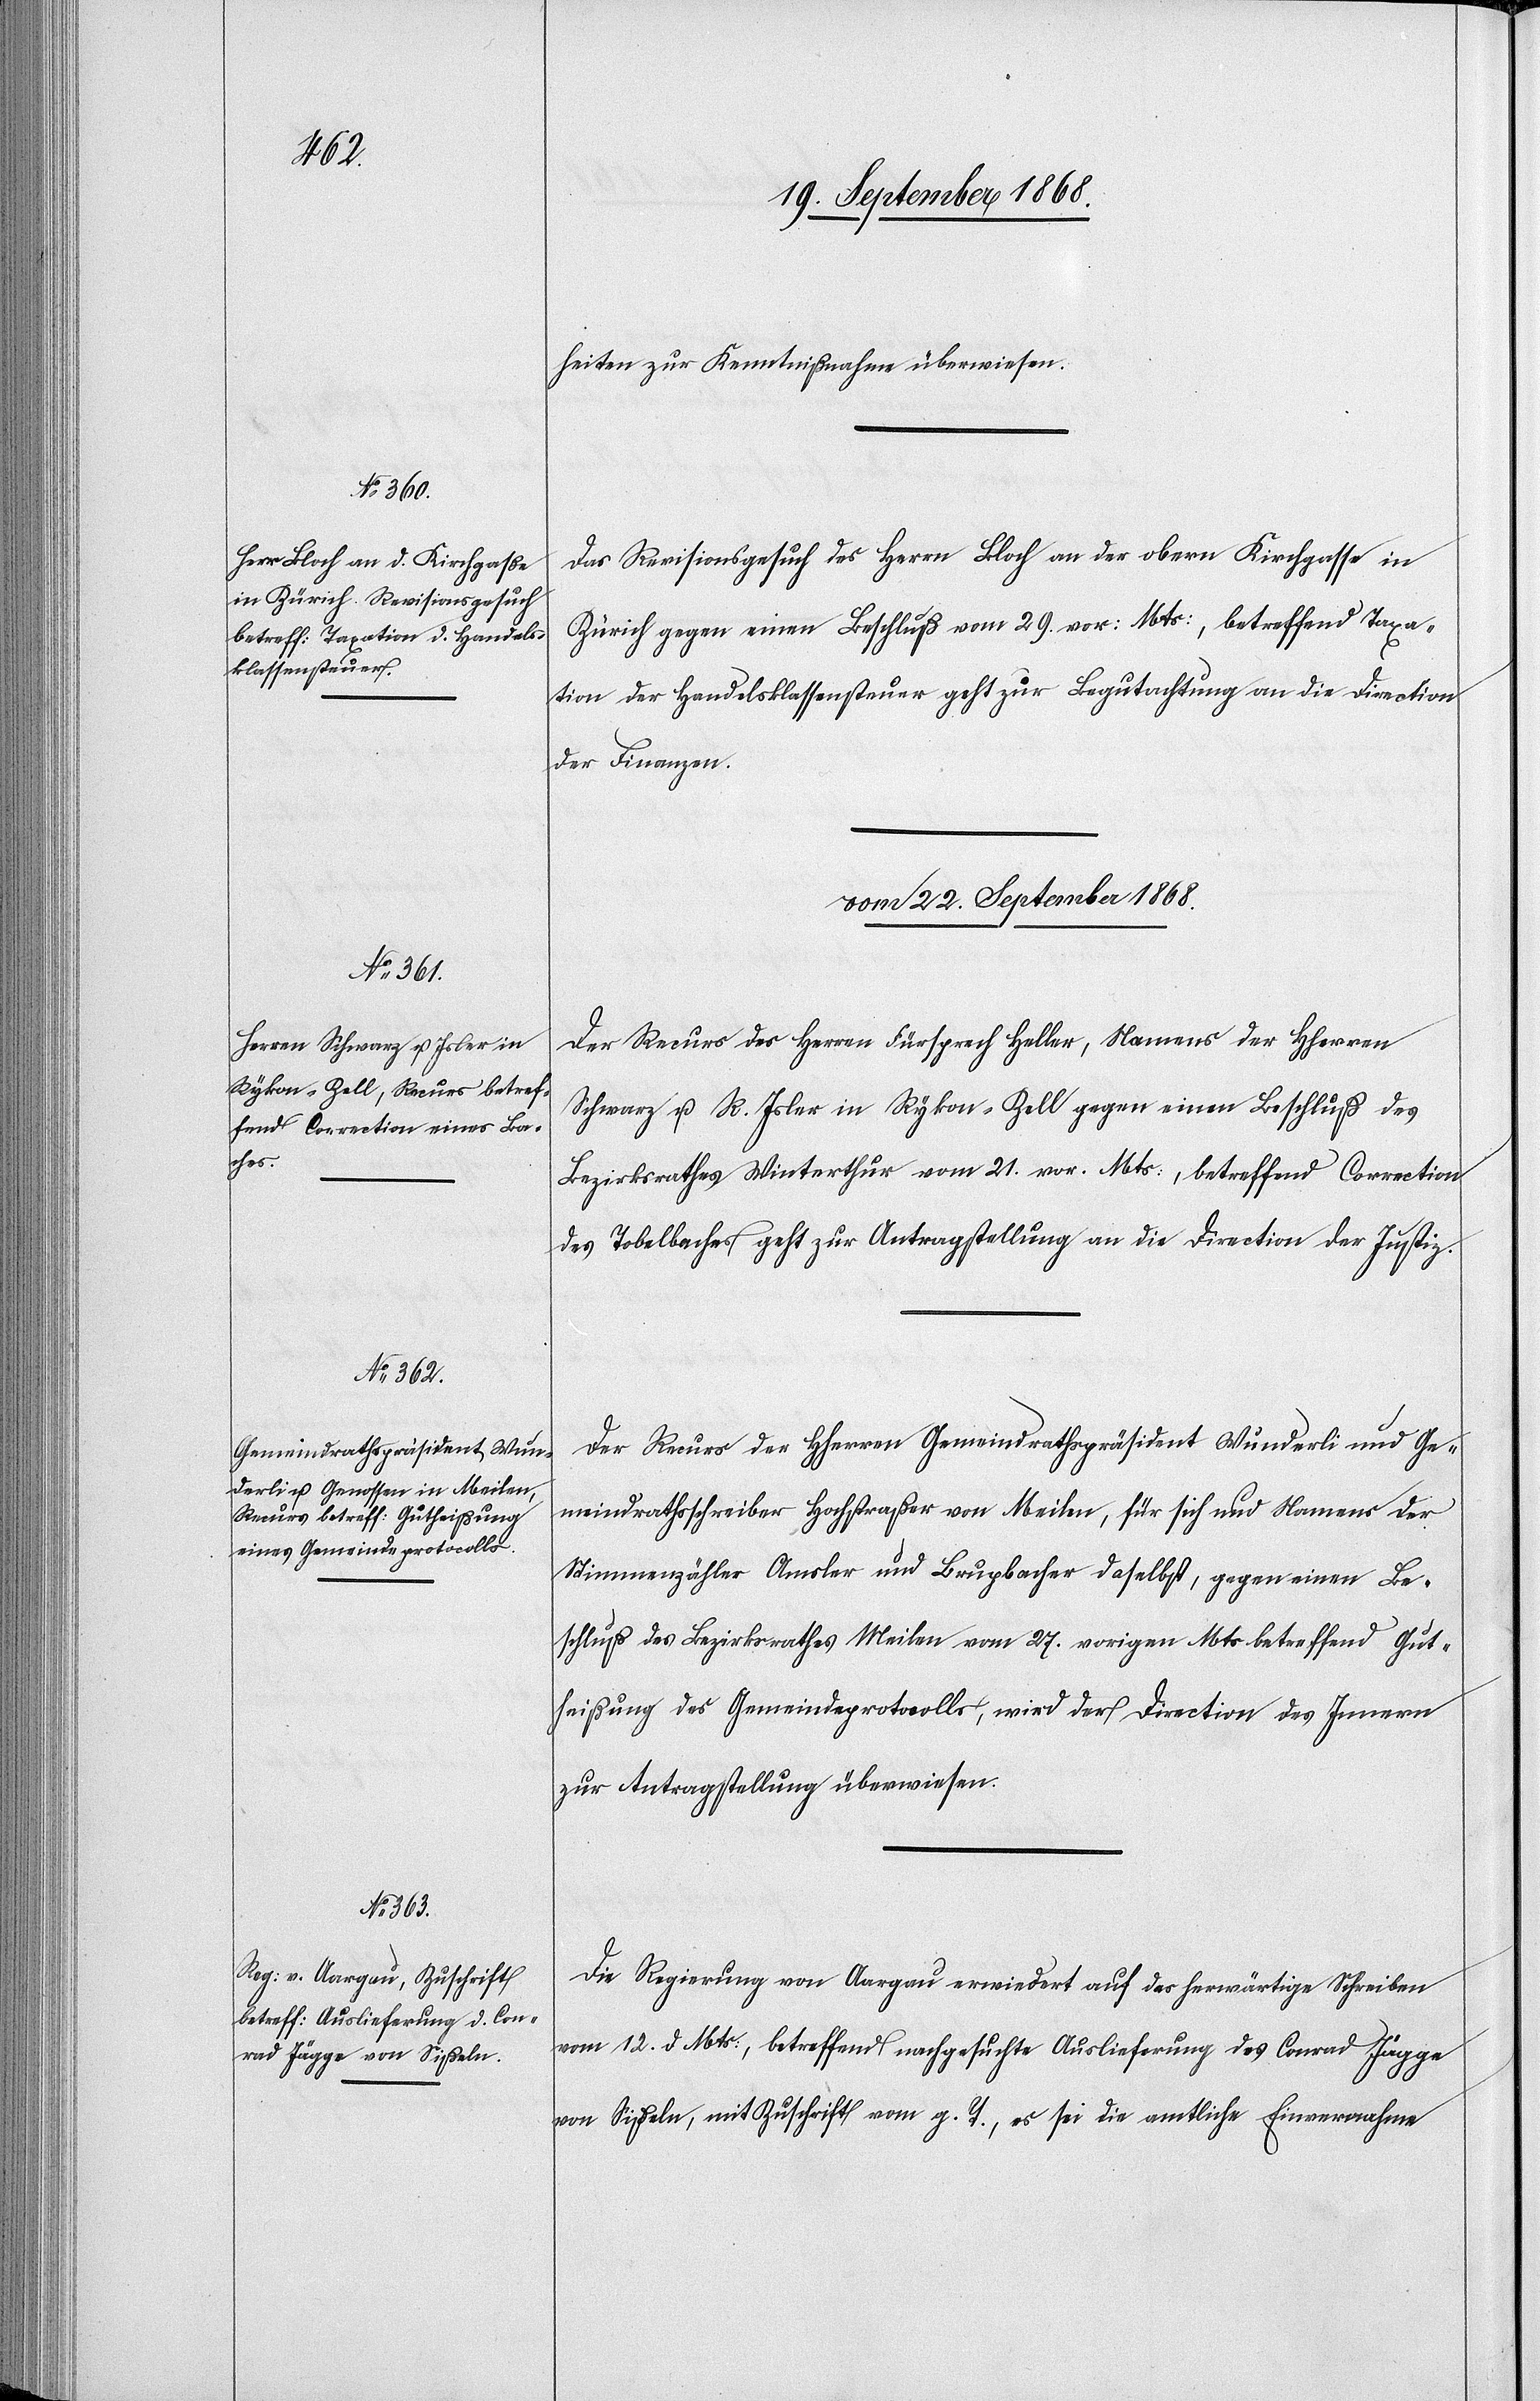
heiten zur Kenntnißnahme überwiesen.
Das Revisionsgesuch des Herrn Bloch an der obern Kirchgasse in
Zürich gegen einen Beschluß vom 29. vor: Mts:, betreffend Taxa¬
tion der Handelsklassensteuer geht zur Begutachtung an die Direction
der Finanzen.
vom 22. September 1868.]
Der Recurs des Herren Fürsprech Heller, Namens der Hherren
Schwarz u. R. Isler in Rykon - Zell gegen einen Beschluß des
Bezirksrathes Winterthur vom 21. vor. Mts:, betreffend Correction
des Tobelbaches geht zur Antragstellung an die Direction der Justiz.
Der Recurs der Hherren Gemeindrathspräsident Wunderli und Ge¬
meindrathsschreiber Hochstraßer von Meilen, für sich und Namens der
Stimmenzähler Amsler und Brupbacher daselbst, gegen einen Be¬
schluß des Bezirksrathes Meilen vom 27. vorigen Mts betreffend Gut¬
heißung des Gemeindeprotocolls, wird der Direction des Innern
zur Antragstellung überwiesen.
Die Regierung von Aargau erwiedert auf das herwärtige Schreiben
vom 12. d. Mts:, betreffend nachgesuchte Auslieferung des Conrad Jägge
von Sißeln, mit Zuschrift vom g. T., es sei die amtliche Einvernahme